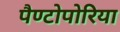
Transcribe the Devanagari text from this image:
पैण्टोपोरिया